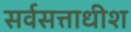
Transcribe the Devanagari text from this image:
सर्वसत्ताधीश